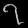
Digit: ၇